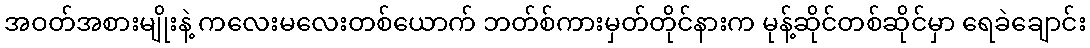
အဝတ်အစားမျိုးနဲ့ ကလေးမလေးတစ်ယောက် ဘတ်စ်ကားမှတ်တိုင်နားက မုန့်ဆိုင်တစ်ဆိုင်မှာ ရေခဲချောင်း